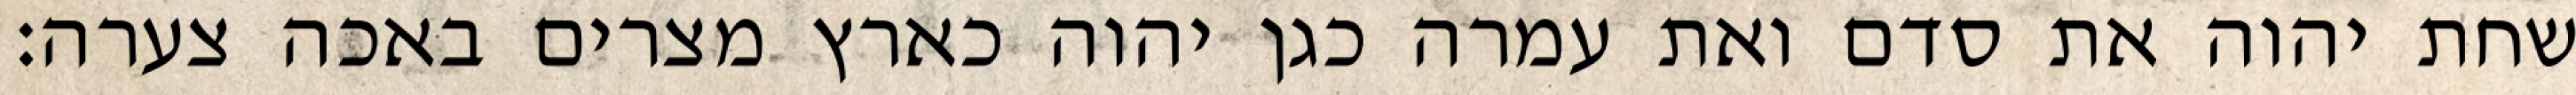
שחת יהוה את סדם ואת עמרה כגן יהוה כארץ מצרים באכה צערה׃